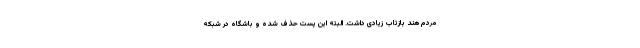
مردم هند بازتاب زیادی داشت. البته این پست حذف شده و باشگاه در شبکه